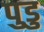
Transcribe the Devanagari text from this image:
पुडु